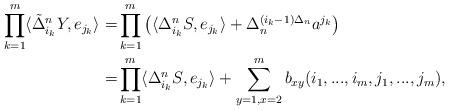
LaTeX: \begin{align*} \prod_{k=1}^{m} \langle \tilde{\Delta}_{i_k}^n Y,e_{j_k}\rangle = &\prod_{k=1}^{m}\left( \langle \Delta_{i_k}^nS,e_{j_k}\rangle + \Delta_n^{(i_k-1)\Delta_n} a^{j_k}\right)\\ = &\prod_{k=1}^{m} \langle \Delta_{i_k}^nS,e_{j_k}\rangle+\sum_{y=1,x=2}^m b_{xy}(i_1,...,i_m,j_1,...,j_m),\end{align*}